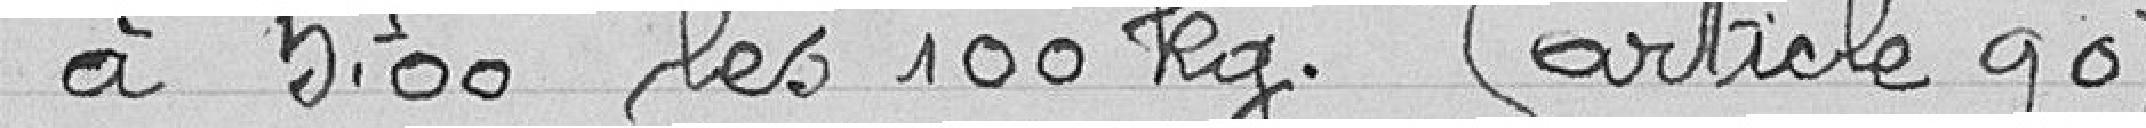
à 5,00 francs les 100 kilogrammes (article 90).